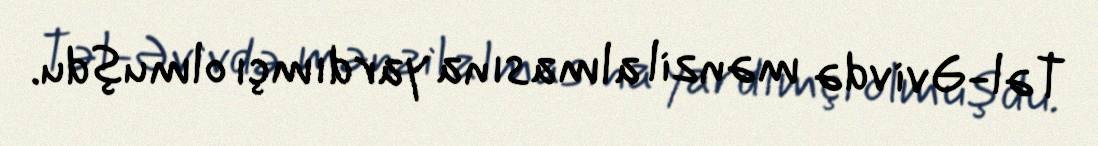
Təl-Əvivdə mənzil almasına yardımçı olmuşdu.